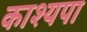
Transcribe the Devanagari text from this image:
काश्यपा